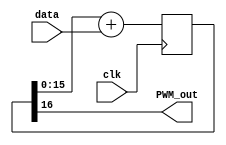
module dac1bit
(
	input clk,
	input [15:0]data,
	output PWM_out
);

	reg [16:0] PWM_accumulator;
	
	always @(posedge clk) PWM_accumulator <= PWM_accumulator[15:0] + data;

	assign PWM_out = PWM_accumulator[16];

endmodule